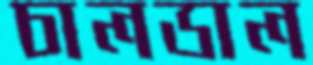
চালডাল